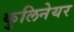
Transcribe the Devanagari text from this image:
कुलिनेयर